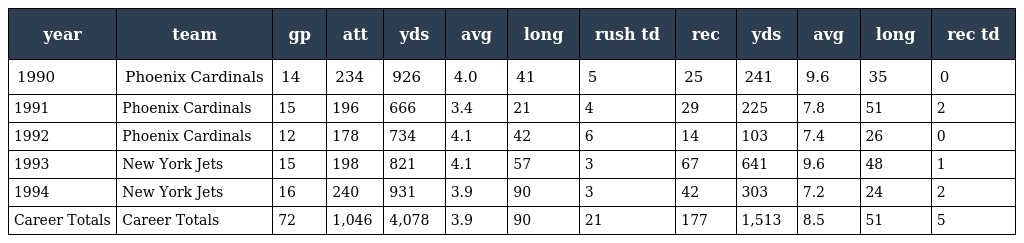
| year | team | gp | att | yds | avg | long | rush td | rec | yds | avg | long | rec td |
 | --- | --- | --- | --- | --- | --- | --- | --- | --- | --- | --- | --- | --- |
 | 1990 | Phoenix Cardinals | 14 | 234 | 926 | 4.0 | 41 | 5 | 25 | 241 | 9.6 | 35 | 0 |
 | 1991 | Phoenix Cardinals | 15 | 196 | 666 | 3.4 | 21 | 4 | 29 | 225 | 7.8 | 51 | 2 |
 | 1992 | Phoenix Cardinals | 12 | 178 | 734 | 4.1 | 42 | 6 | 14 | 103 | 7.4 | 26 | 0 |
 | 1993 | New York Jets | 15 | 198 | 821 | 4.1 | 57 | 3 | 67 | 641 | 9.6 | 48 | 1 |
 | 1994 | New York Jets | 16 | 240 | 931 | 3.9 | 90 | 3 | 42 | 303 | 7.2 | 24 | 2 |
 | Career Totals | Career Totals | 72 | 1,046 | 4,078 | 3.9 | 90 | 21 | 177 | 1,513 | 8.5 | 51 | 5 |